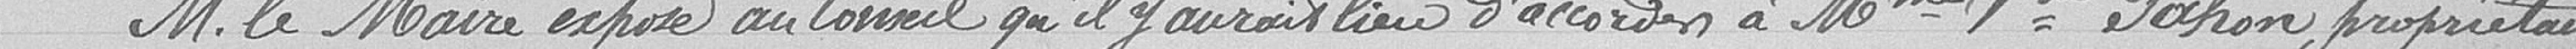
Monsieur le Maire expose au Conseil qu'il y aurait lieu d'accorder à la Madame Veuve Pahon, propriétaire